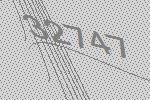
32747